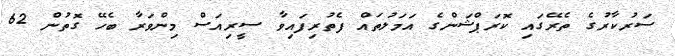
ސަރުކާރުގެ ތެރޭގައި ކޮރަޕްޝަންގެ އަމަލުތައް ފެތުރިފައިވާ ސީރިއަސް މިންވަރާ ބެހޭ ގޮތުން 62